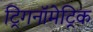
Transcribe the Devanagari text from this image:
ट्रिगनॉमेट्रिक